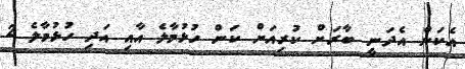
އެކަން އެދަނީ ބާރަށް ކުރިއަށް ކަން ހުޅުމާލެ އާއި އަދި ހުޅުމާލެ 2